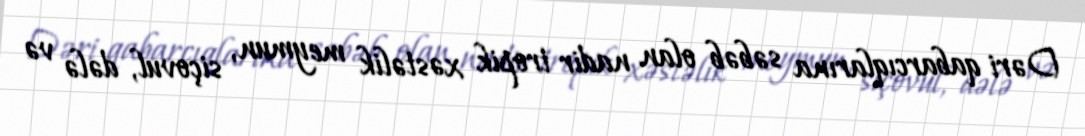
Dəri qabarcıqlarına səbəb olan nadir tropik xəstəlik meymun, siçovul, dələ və